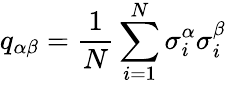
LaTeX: {{q}_{\alpha\beta}}=\frac{1}{N}\sum_{i=1}^{N}{\sigma_{i}^{\alpha}}\sigma_{i}^{\beta}